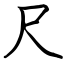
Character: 尺